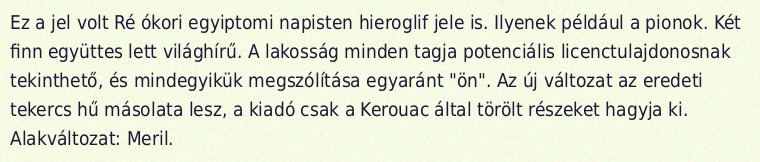
Ez a jel volt Ré ókori egyiptomi napisten hieroglif jele is. Ilyenek például a pionok. Két finn együttes lett világhírű. A lakosság minden tagja potenciális licenctulajdonosnak tekinthető, és mindegyikük megszólítása egyaránt "ön". Az új változat az eredeti tekercs hű másolata lesz, a kiadó csak a Kerouac által törölt részeket hagyja ki. Alakváltozat: Meril.